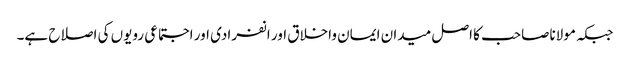
جبکہ مولاناصاحب کا اصل میدان ایمان واخلاق اور انفرادی اور اجتماعی رویوں کی اصلاح ہے۔